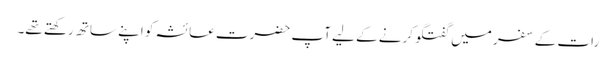
رات کے سفر میں گفتگو کرنے کے لیے آپ حضرت عائشہ کو اپنے ساتھ رکھتے تھے۔